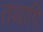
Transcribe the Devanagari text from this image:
तथापि